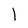
Character: l